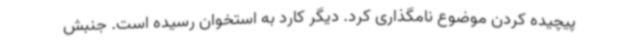
پیچیده کردن موضوع نامگذاری کرد. دیگر کارد به استخوان رسیده است. جنبش